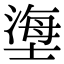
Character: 塰